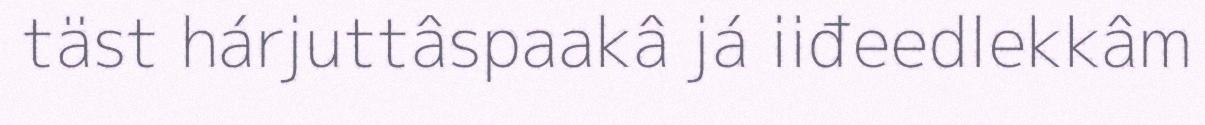
täst hárjuttâspaakâ já iiđeedlekkâm